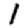
Digit: 1